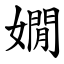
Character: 嫺